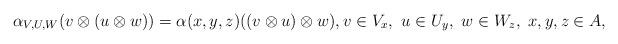
LaTeX: \begin{align*}\alpha_{V,U,W}(v\otimes(u\otimes w))=\alpha(x,y,z)((v\otimes u)\otimes w),v\in V_x,\ u\in U_y,\ w\in W_z,\ x,y,z\in A,\end{align*}